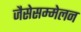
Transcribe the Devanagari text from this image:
जैसेसम्मेलन